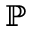
\mathbb P